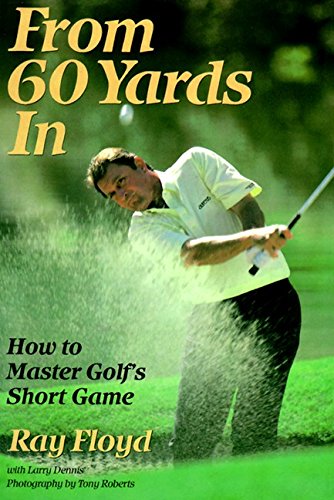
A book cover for From 60 Yards In: How to Master Golf's Short Game; Raymond Floyd; Sports & Outdoors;